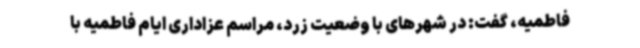
فاطمیه، گفت: در شهرهای با وضعیت زرد، مراسم عزاداری ایام فاطمیه با